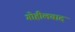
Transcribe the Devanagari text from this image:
गोहीलवाद